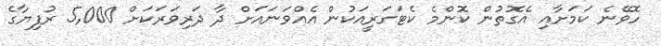
ހޮވޭނެ ކަމަށާއި އެގޮތުން ކޮންމެ ކެޓަގަރީއަކުން އެއްވަނައަށް ދާ ދަރިވަރަކަށް 5